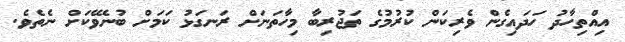
އިއްތިހާދު ހަދައިގެން ވެރިކަން ކުރުމުގެ ތަޖުރިބާ މިހާތަނަށް ރަނގަޅު ކަމަށް ބުނެވޭކަށް ނެތެވެ.